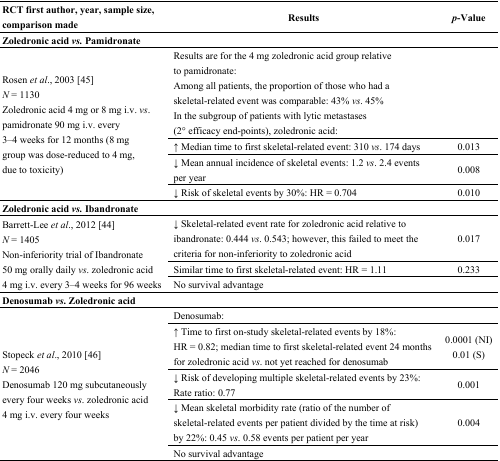
<table><thead><tr><td><b>RCT first author, year, sample size, comparison made</b></td><td><b>Results</b></td><td><b><i>p</i>-Value</b></td></tr></thead><tbody><tr><td colspan="3"><b>Zoledronic acid <i>vs.</i> Pamidronate</b></td></tr><tr><td rowspan="4">Rosen <i>et al</i>., 2003 [45] <i>N</i> = 1130 Zoledronic acid 4 mg or 8 mg i.v. <i>vs</i>. pamidronate 90 mg i.v. every 3–4 weeks for 12 months (8 mg group was dose-reduced to 4 mg, due to toxicity)</td><td>Results are for the 4 mg zoledronic acid group relative to pamidronate: Among all patients, the proportion of those who had a skeletal-related event was comparable: 43% <i>vs</i>. 45% In the subgroup of patients with lytic metastases (2° efficacy end-points), zoledronic acid: </td><td></td></tr><tr><td>↑ Median time to first skeletal-related event: 310<i>vs</i>. 174 days</td><td>0.013</td></tr><tr><td>↓ Mean annual incidence of skeletal events: 1.2<i>vs</i>. 2.4 events per year</td><td>0.008</td></tr><tr><td>↓ Risk of skeletal events by 30%: HR = 0.704</td><td>0.010</td></tr><tr><td colspan="3"><b>Zoledronic acid <i>vs.</i> Ibandronate</b></td></tr><tr><td rowspan="3">Barrett-Lee <i>et al</i>., 2012 [44] <i>N</i> = 1405 Non-inferiority trial of Ibandronate 50 mg orally daily <i>vs</i>. zoledronic acid 4 mg i.v. every 3–4 weeks for 96 weeks</td><td>↓ Skeletal-related event rate for zoledronic acid relative to ibandronate: 0.444<i>vs</i>. 0.543; however, this failed to meet the criteria for non-inferiority to zoledronic acid</td><td>0.017</td></tr><tr><td>Similar time to first skeletal-related event: HR = 1.11</td><td>0.233</td></tr><tr><td>No survival advantage</td><td></td></tr><tr><td colspan="3"><b>Denosumab <i>vs</i>. Zoledronic acid</b></td></tr><tr><td rowspan="5">Stopeck <i>et al</i>., 2010 [46] <i>N</i> = 2046 Denosumab 120 mg subcutaneously every four weeks <i>vs</i>. zoledronic acid 4 mg i.v. every four weeks</td><td>Denosumab:</td><td></td></tr><tr><td>↑ Time to first on-study skeletal-related events by 18%: HR = 0.82; median time to first skeletal-related event 24 months for zoledronic acid<i>vs</i>. not yet reached for denosumab</td><td>0.0001 (NI) 0.01 (S)</td></tr><tr><td>↓ Risk of developing multiple skeletal-related events by 23%: Rate ratio: 0.77</td><td>0.001</td></tr><tr><td>↓ Mean skeletal morbidity rate (ratio of the number of skeletal-related events per patient divided by the time at risk) by 22%: 0.45 <i>vs</i>. 0.58 events per patient per year</td><td>0.004</td></tr><tr><td>No survival advantage</td><td></td></tr></tbody></table>